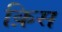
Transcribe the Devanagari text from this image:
क़िस